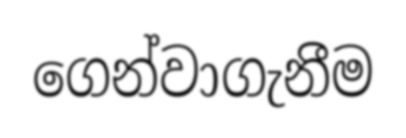
ගෙන්වාගැනීම